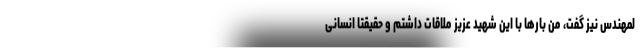
لمهندس نیز گفت، من بارها با این شهید عزیز ملاقات داشتم و حقیقتا انسانی